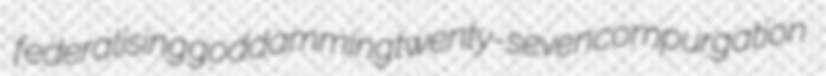
federalising goddamming twenty-seven compurgation